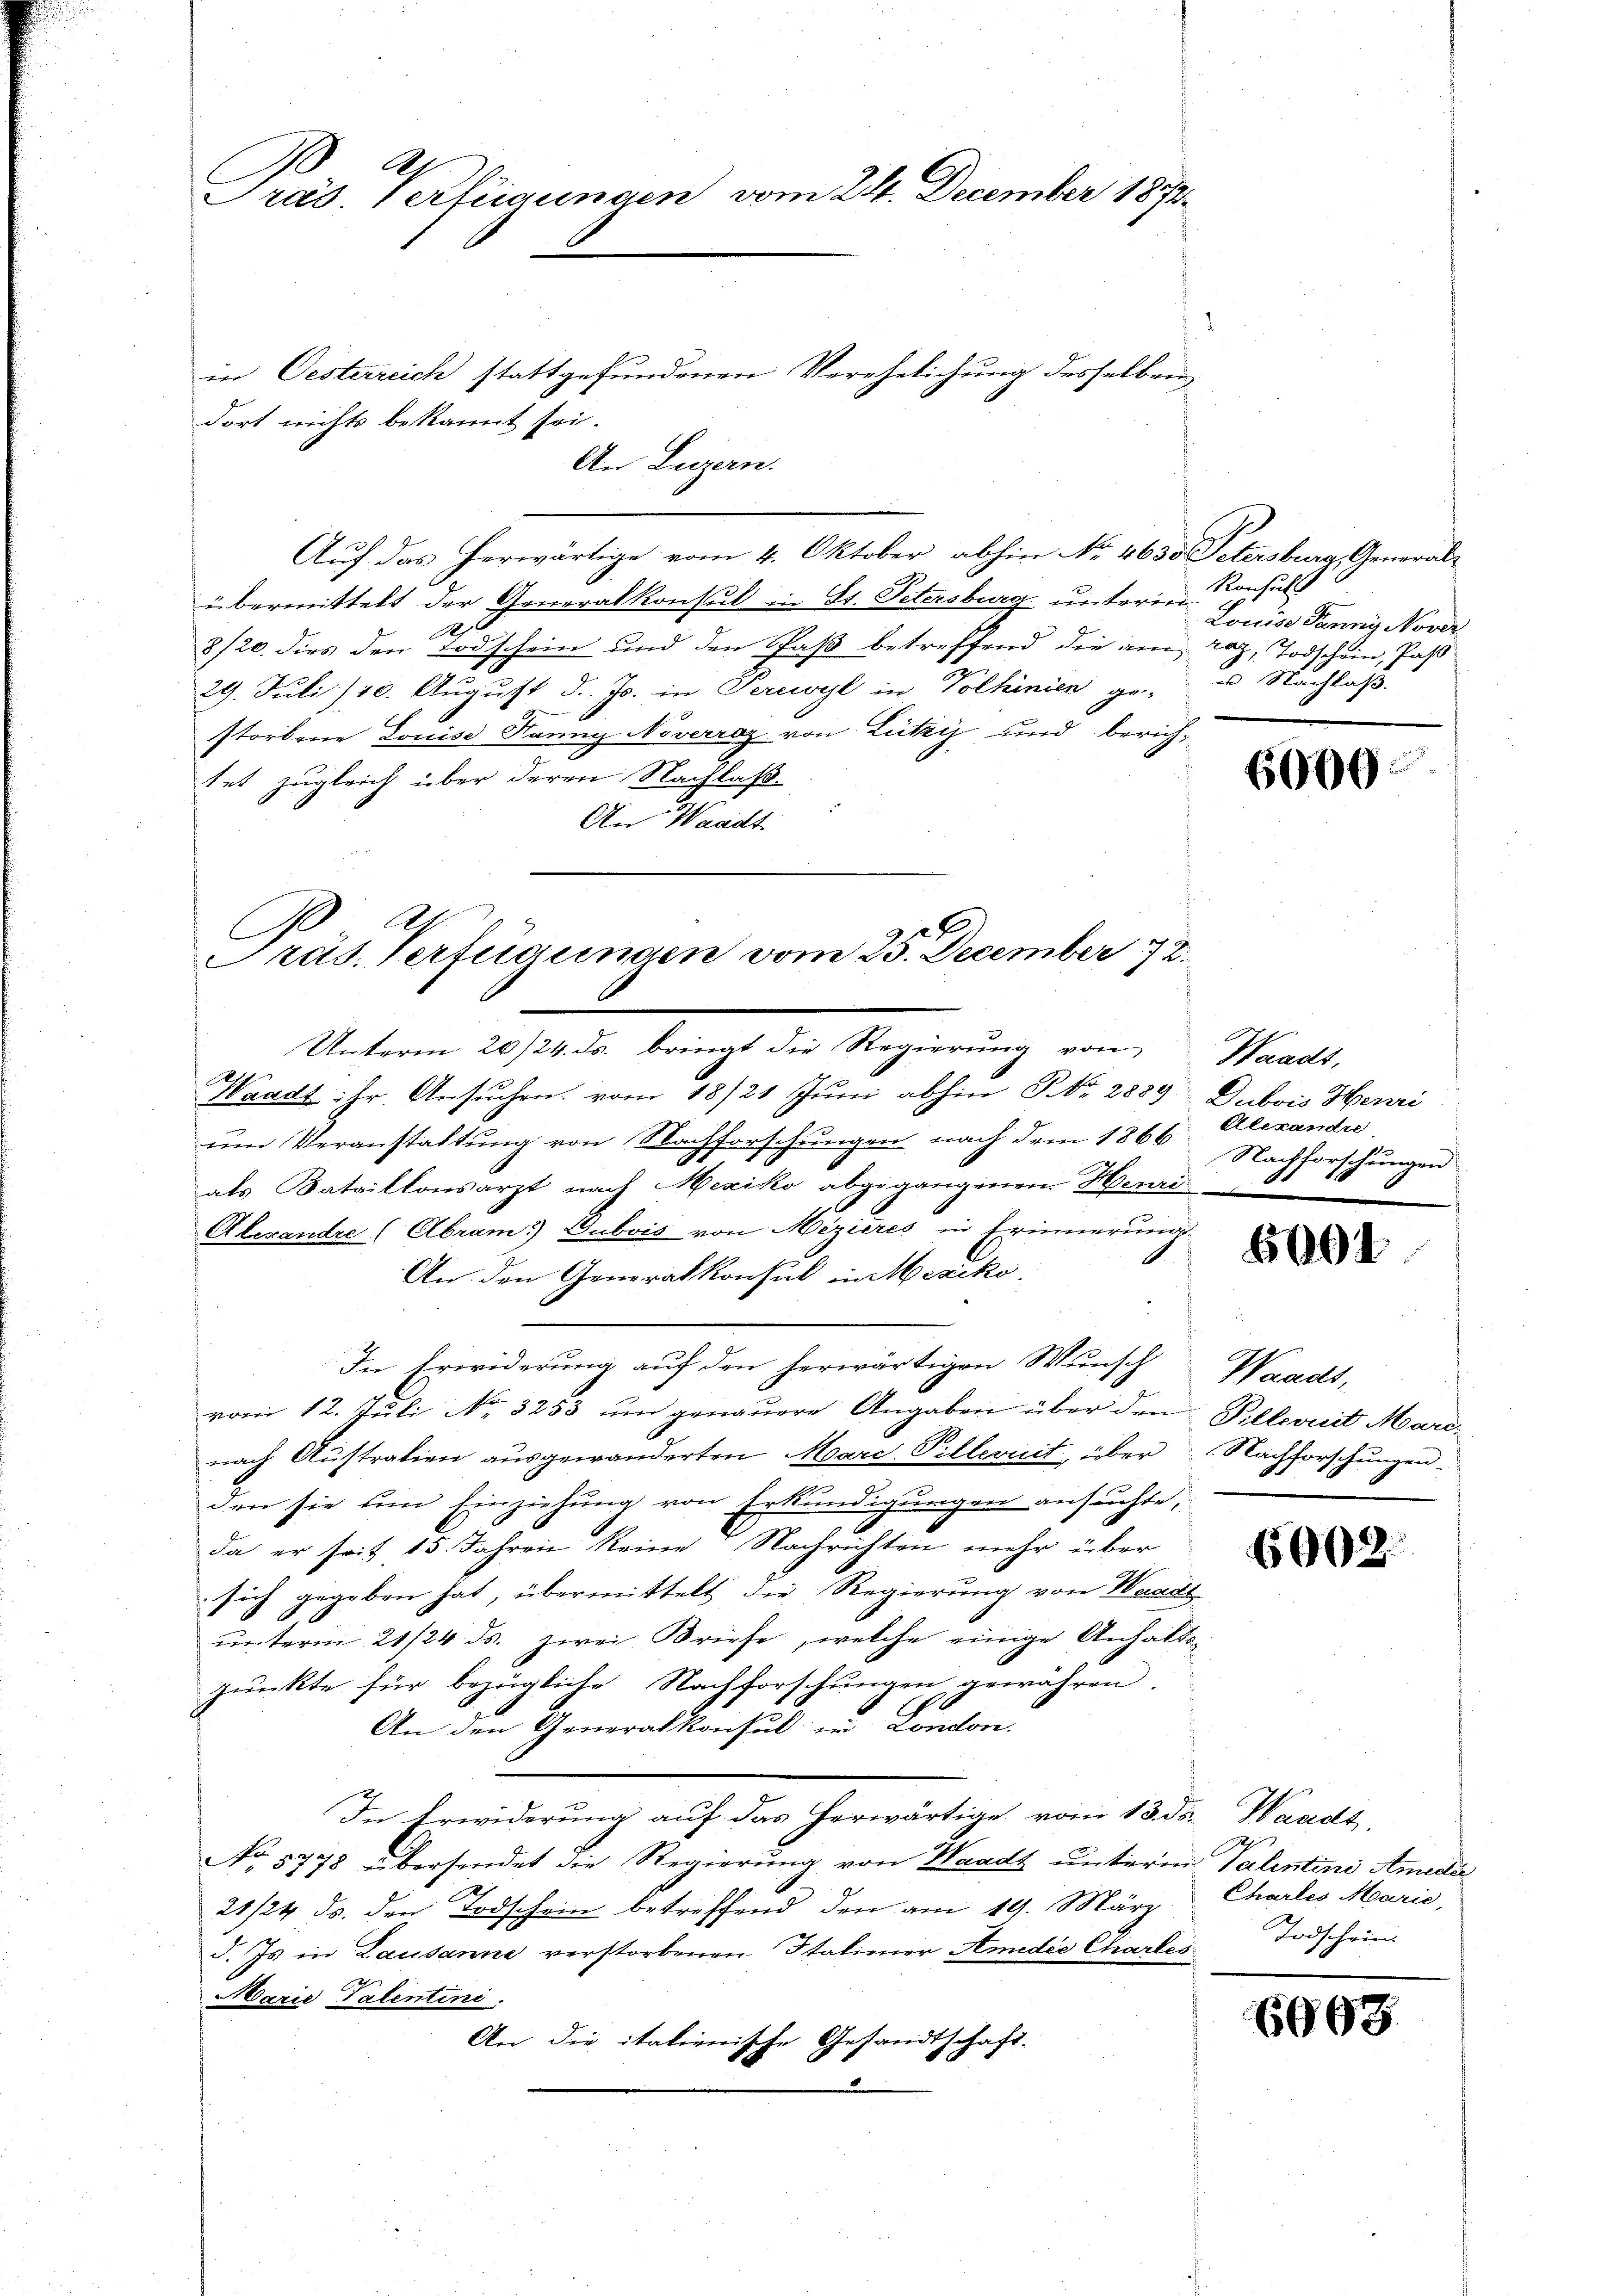
Präs. Verfügungen vom 24. December 1874.

Unterm 26/24. ds. bringt die Regierung von Waadt,

Waadt: Hr. Ansuchen vom 18/21 Juni abhin No. 2889
um Veranstaltung von Nachforschungen nach dem 1866 Alexandre
als Bataillonsarzt nach Mexiko abgegangenen Henri
Alexandre (Abram. Dubois von Mezieres in Erinnerung
An den Generalkonsul in Mexiko
In Erwiderung auf den herwärtigen Wunsch Waadt,
vom 12. Juli No 3253 um genauere Angaben über den Pillevuit Marenach Austration ausgewanderten Marc Villeruit, über Nachforschungenden sie um Einziehung von Erkundigungen ansuchte,
da er seit 15. Jahren keine Nachrichten mehr über
sich gegeben hat, übermittelt die Regierung von Waadt
unterm 21/24 ds. zwei Briefe, welche einige Anhaltspunkte für bezügliche Nachforschungen gewähren.
An den Generalkonsul in London.
In Erwiderung auf das herwärtige vom 13. ds. Waadt,
No 5778 übersendet die Regierung von Waadt unterm Valentini Amida
21/24. ds. den Todschein betreffend den am 19. März
d. Js in Lausanne verstorbenen Italiener Amedie Charles
x
Marie Tatentini.
An die italienisch
Gesandtschaft.

.

in Oesterreich stattgefundenen Verehelichung desselben
dort nichts bekannt sei.
An Leigern.
Auf das herwärtige vom 4. Oktober abhin No. 4630 Petersburg, Generalübermittelt der Generalkonsul in St. Petersburg unterm
20
8/20. dies den Todschein und den Paβ betreffend die am raz, Todschein, Pas
29. Juli/20. Aŭgŭst d. Js. in Perewyl in Volhinien ge- u Nachlaß.
storbene Louise Banng Noverraz von Luky und berich-
tet zugleich über deren Nachlaß.
An Waadt
Präs. Verfügungen vom 25. December 172.

Konsuls
Louise Penny Nover

6000.

Dubois Henri
Nachforschungen

04

6909.

Charles Marie,
Todschein

6698